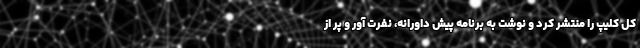
کل کلیپ را منتشر کرد و نوشت به برنامه پیش داورانه، نفرت آور و پر از